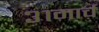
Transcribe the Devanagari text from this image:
३१मार्च